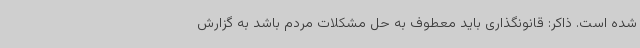
شده است. ذاکر: قانونگذاری باید معطوف به حل مشکلات مردم باشد به گزارش